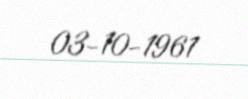
03-10-1961